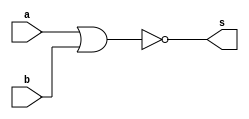
// ---------------------
// Exercicio0002 - NOR
// Nome: Lucas Cardoso
// ---------------------
// ---------------------
// -- nor gate
// ---------------------
module norgate ( output s,
input a,
input b);
assign s = ~(a|b);
endmodule //
// ---------------------
// -- test norgate
// ---------------------
module testnorgate;
// ------------------------- dados locais
reg a,b; // definir registrador
wire s; // definir conexao (fio)
// ------------------------- instancia
norgate NOR1 (s, a, b);
// ------------------------- preparacao
initial begin:start
a=0;
b=0;
end
// ------------------------- parte principal
initial begin:main
$display("Exercicio0002 - Lucas Cardoso - 441694");
$display("Test NOR gate");
$display("\na & b = s\n");
$monitor("%b & %b = %b", a, b, s);
a=0; b=0;
#1 a=0; b=1;
#1 a=1; b=0;
#1 a=1; b=1;
end
endmodule // testnorgate